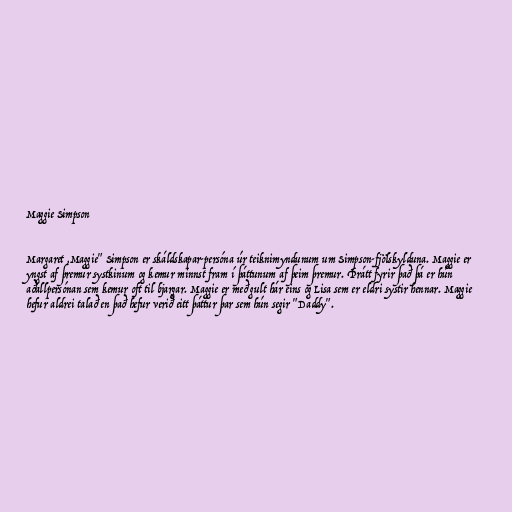
Maggie Simpson

Margaret ,Maggie" Simpson er skáldskapar-persóna úr teiknimyndunum um Simpson-fjölskylduna. Maggie er
yngst af þremur systkinum og kemur minnst fram í þáttunum af þeim þremur. Þrátt fyrir það þá er hún
aðallpersónan sem kemur oft til bjargar. Maggie er með gult hár eins og Lisa sem er eldri systir hennar. Maggie
hefur aldrei talað en það hefur verið eitt þáttur þar sem hún segir "Daddy".